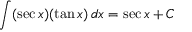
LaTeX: \int ( \sec x ) ( \tan x ) \, d x = \sec x + C